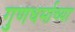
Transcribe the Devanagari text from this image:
गुणधर्माच्या